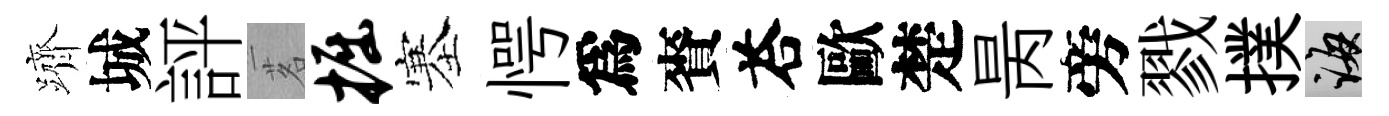
躋城評茗掘塞愕爲賚荅歐楚昺旁戮撲誨